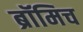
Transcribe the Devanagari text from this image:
ब्रॉमिच